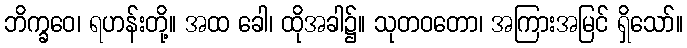
ဘိက္ခဝေ၊ ရဟန်းတို့။ အထ ခေါ၊ ထိုအခါ၌။ သုတဝတော၊ အကြားအမြင် ရှိသော်။